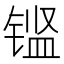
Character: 𮸖